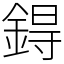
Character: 鍀